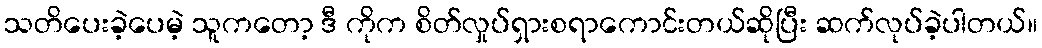
သတိပေးခဲ့ပေမဲ့ သူကတော့ ဒီ ကိုက စိတ်လှုပ်ရှားစရာကောင်းတယ်ဆိုပြီး ဆက်လုပ်ခဲ့ပါတယ်။